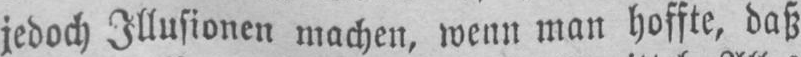
jedoch Illusionen machen, wenn man hoffte, daß